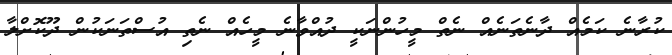
ކުރާނެ ކަމެއް ދާނެތަނެއް ނެތް މީހުންނަކީ ދުއްވާނެ މީހެއް ނެތި އުސްތަނަކުން ދޫކޮށްލާ